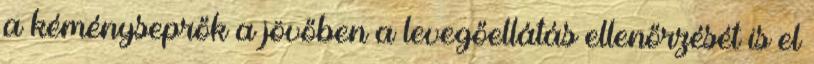
a kéményseprők a jövőben a levegőellátás ellenőrzését is el